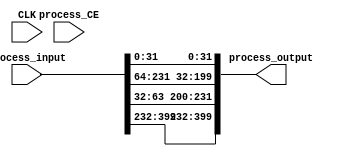
module packTupleArrays_table__0x0563bf80(input CLK, input process_CE, input [399:0] process_input, output [399:0] process_output);
parameter INSTANCE_NAME="INST";
  wire [63:0] unnamedcast3515USEDMULTIPLEcast;assign unnamedcast3515USEDMULTIPLEcast = (process_input[63:0]); 
  wire [335:0] unnamedcast3519USEDMULTIPLEcast;assign unnamedcast3519USEDMULTIPLEcast = (process_input[399:64]); 
  assign process_output = {{({unnamedcast3519USEDMULTIPLEcast[335:168]}),({unnamedcast3515USEDMULTIPLEcast[63:32]})},{({unnamedcast3519USEDMULTIPLEcast[167:0]}),({unnamedcast3515USEDMULTIPLEcast[31:0]})}};
endmodule